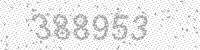
Solution: 388953